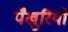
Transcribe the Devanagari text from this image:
पँखुरियों